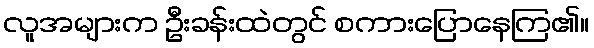
လူအများက ဦးခန်းထဲတွင် စကားပြောနေကြ၏။